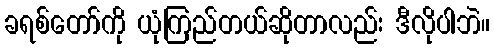
ခရစ်တော်ကို ယုံကြည်တယ်ဆိုတာလည်း ဒီလိုပါဘဲ။